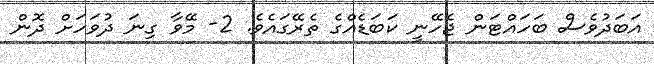
އަބަދުވެސް ބަހައްޓަން ޖެހޭނީ ކަބަޑެއްގެ ތެރޭގައެވެ. 2- މޭވާ ގިނަ ދުވަހަށް ދޮން